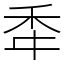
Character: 䄵